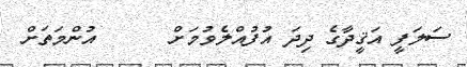
ސަލަފީ އަޤީދާގެ ދިދަ އުފުއްލެވުމަށް      އުންމަތަށް